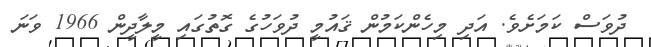
ދުވަސް ކަމަށެވެ. އަދި މިހެންކަމުން ޤައުމީ ދުވަހުގެ ގޮތުގައި މީލާދީން 1966 ވަނަ